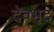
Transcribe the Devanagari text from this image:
देवभृद